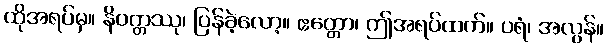
ထိုအရပ်မှ။ နိဝတ္တဿု၊ ပြန်ခဲ့လော့။ ဧတ္တော၊ ဤအရပ်ထက်။ ပရံ၊ အလွန်။